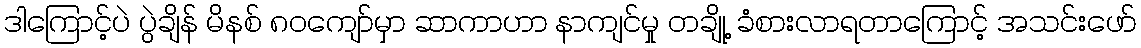
ဒါကြောင့်ပဲ ပွဲချိန် မိနစ် ၈၀ကျော်မှာ ဆာကာဟာ နာကျင်မှု တချို့ ခံစားလာရတာကြောင့် အသင်းဖော်